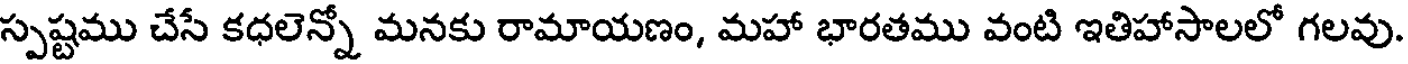
స్పష్టము చేసే కధలెన్నో మనకు రామాయణం, మహా భారతము వంటి ఇతిహాసాలలో గలవు.